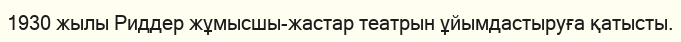
1930 жылы Риддер жұмысшы-жастар театрын ұйымдастыруға қатысты.